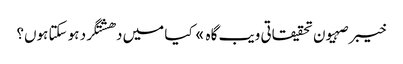
خیبر صہیون تحقیقاتی ویب گاہ » کیا میں دھشتگرد ہو سکتا ہوں؟